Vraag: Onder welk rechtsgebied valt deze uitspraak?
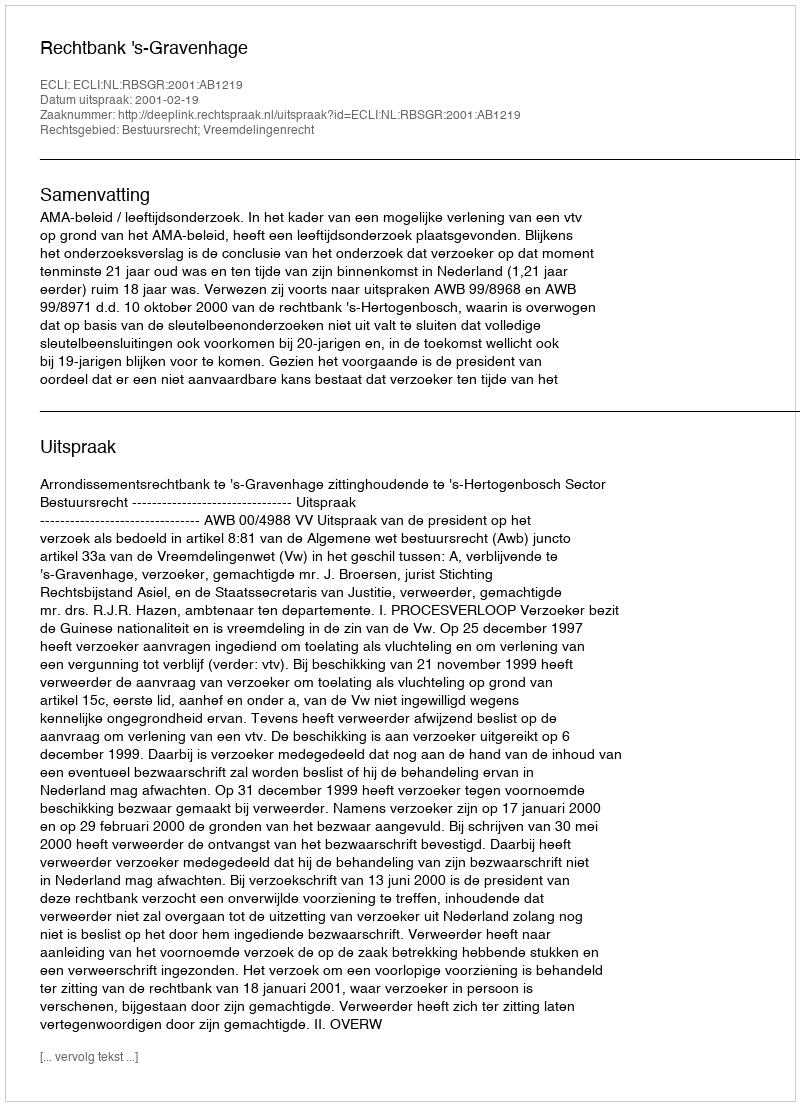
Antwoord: Bestuursrecht; Vreemdelingenrecht